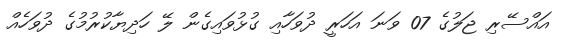
އައްސޭރި ޖަލުގެ 07 ވަނަ އަހަރީ ދުވަހާއި ގުޅުވައިގެން ލޭ ހަދިޔާކުރުމުގެ ދުވަހެއް